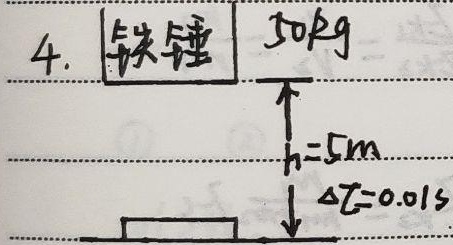
4. 铁锤 \(50kg\)，\(h = 5m\)，\(\Delta t = 0.01s\)